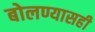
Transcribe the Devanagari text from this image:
बोलण्यासही